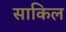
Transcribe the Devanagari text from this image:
साकिल